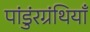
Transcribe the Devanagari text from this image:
पांडुंरग्रंथियाँ